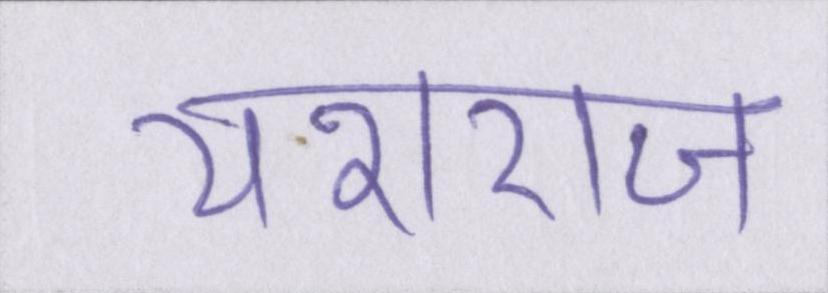
यशराज